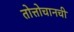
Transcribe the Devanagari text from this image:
तोत्तोचानची